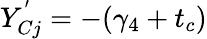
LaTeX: Y_{Cj}^{'}=-(\gamma_{4}+t_{c})